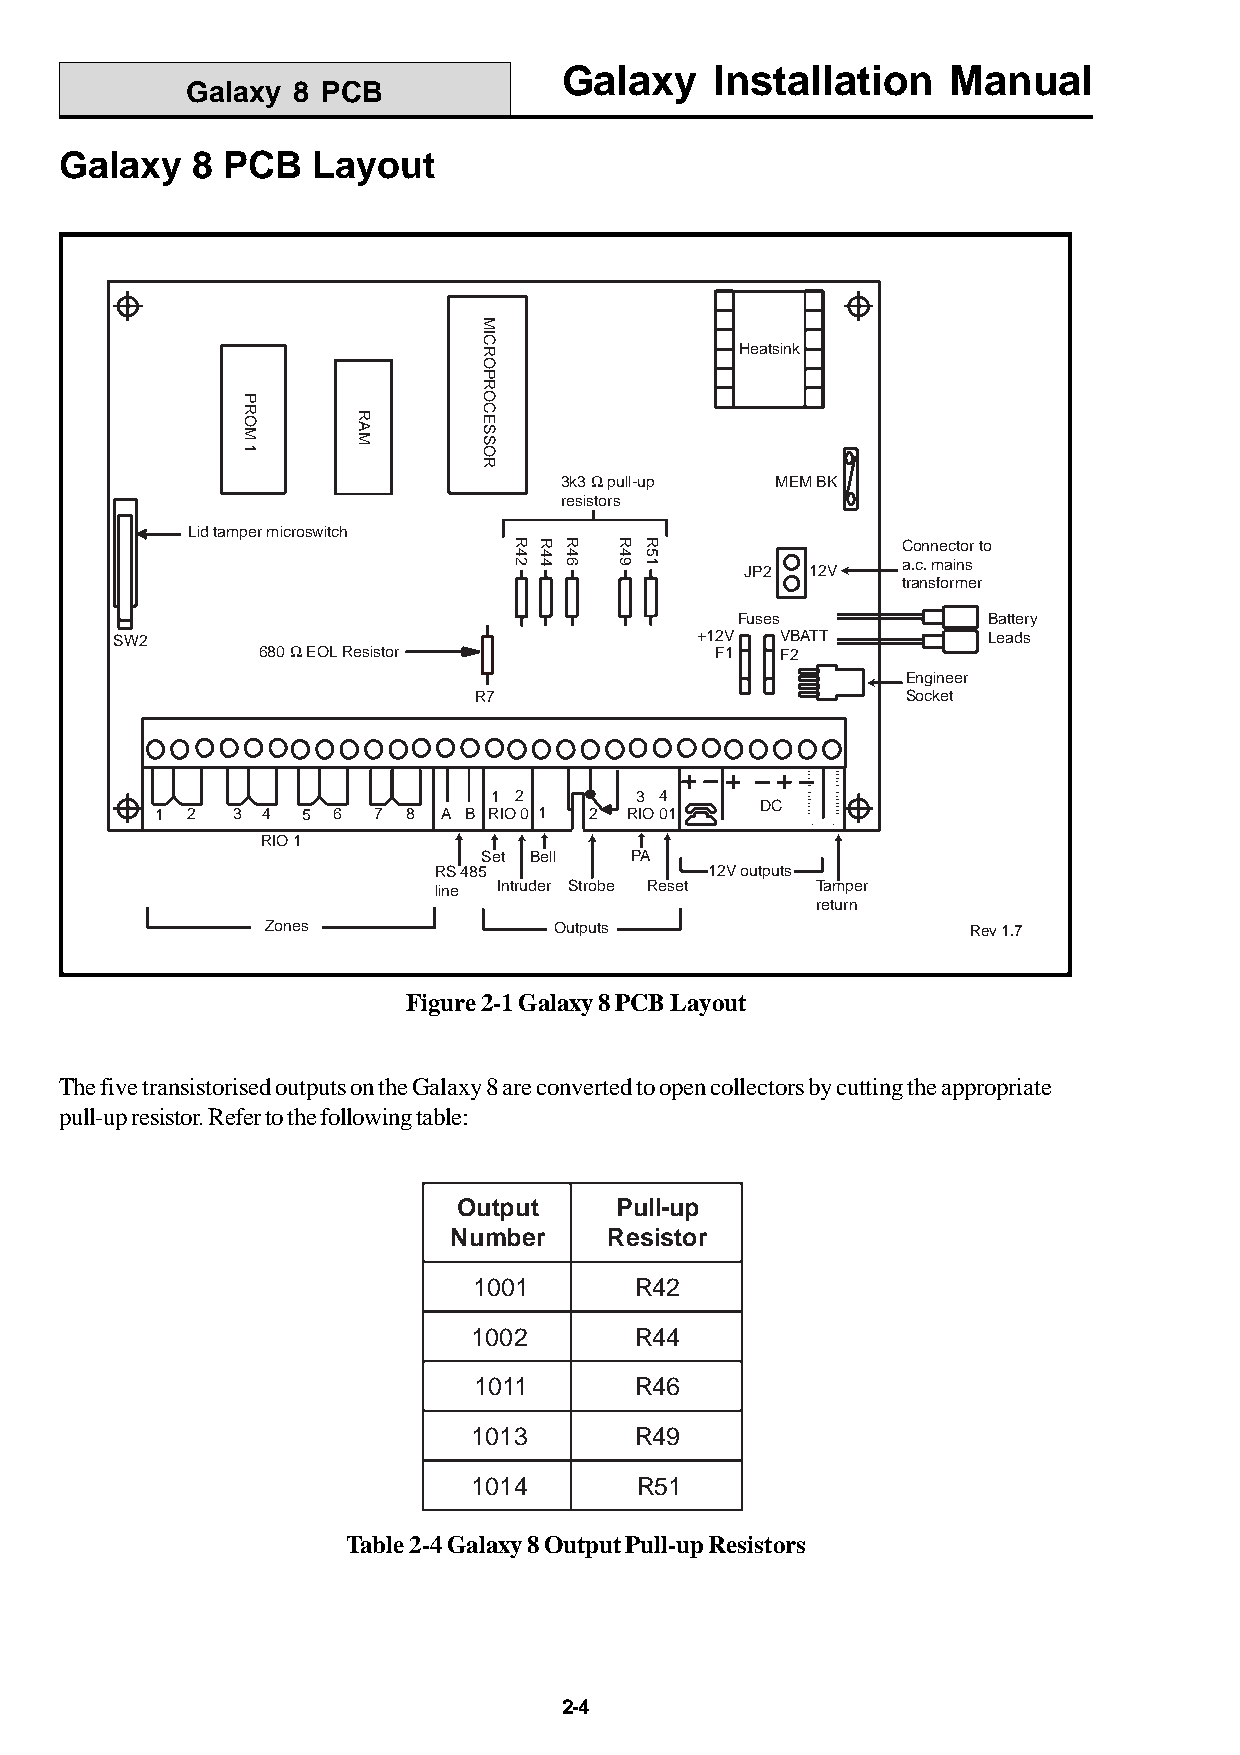
Galaxy    Installation    Manual
 Galaxy 8 PCB
 Galaxy   8 PCB   Layout
 Heatsink
 3k3 W pull-up MEM BK
 resistors
 Lid tamper microswitch
 Connector to
 a.c. mains
 JP2  12V
 transformer
 Fuses           Battery
 SW2                                   +12V  VBATT        Leads
 680 W EOL Resistor            F1   F2
 Engineer
 R7                           Socket
 1 2      3 4
 DC
 1 2  3 4  5 6  7 8 A B RIO 0 1 2 RIO 01
 RIO 1
 Set Bell  PA
 RS 485            12V outputs
 line Intruder Strobe Reset Tamper
 return
 Zones              Outputs                    Rev 1.7
 Figure 2-1 Galaxy 8 PCB Layout
 The five transistorised outputs on the Galaxy 8 are converted to open collectors by cutting the appropriate
 pull-up resistor. Refer to the following table:
 Output     Pull-up
 Number    Resistor
 1001       R42
 1002       R44
 1011       R46
 1013       R49
 1014       R51
 Table 2-4 Galaxy 8 Output Pull-up Resistors
 2-4
 PROM
 1
 RAM
 MICROPROCESSOR
 R42 R44 R46 R49 R51